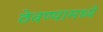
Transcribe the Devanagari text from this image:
ठेवण्यामध्ये